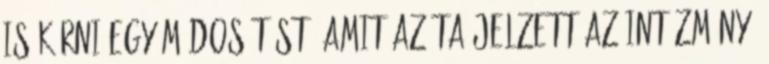
is kérni egy módosítást, amit azóta jelzett az intézmény.